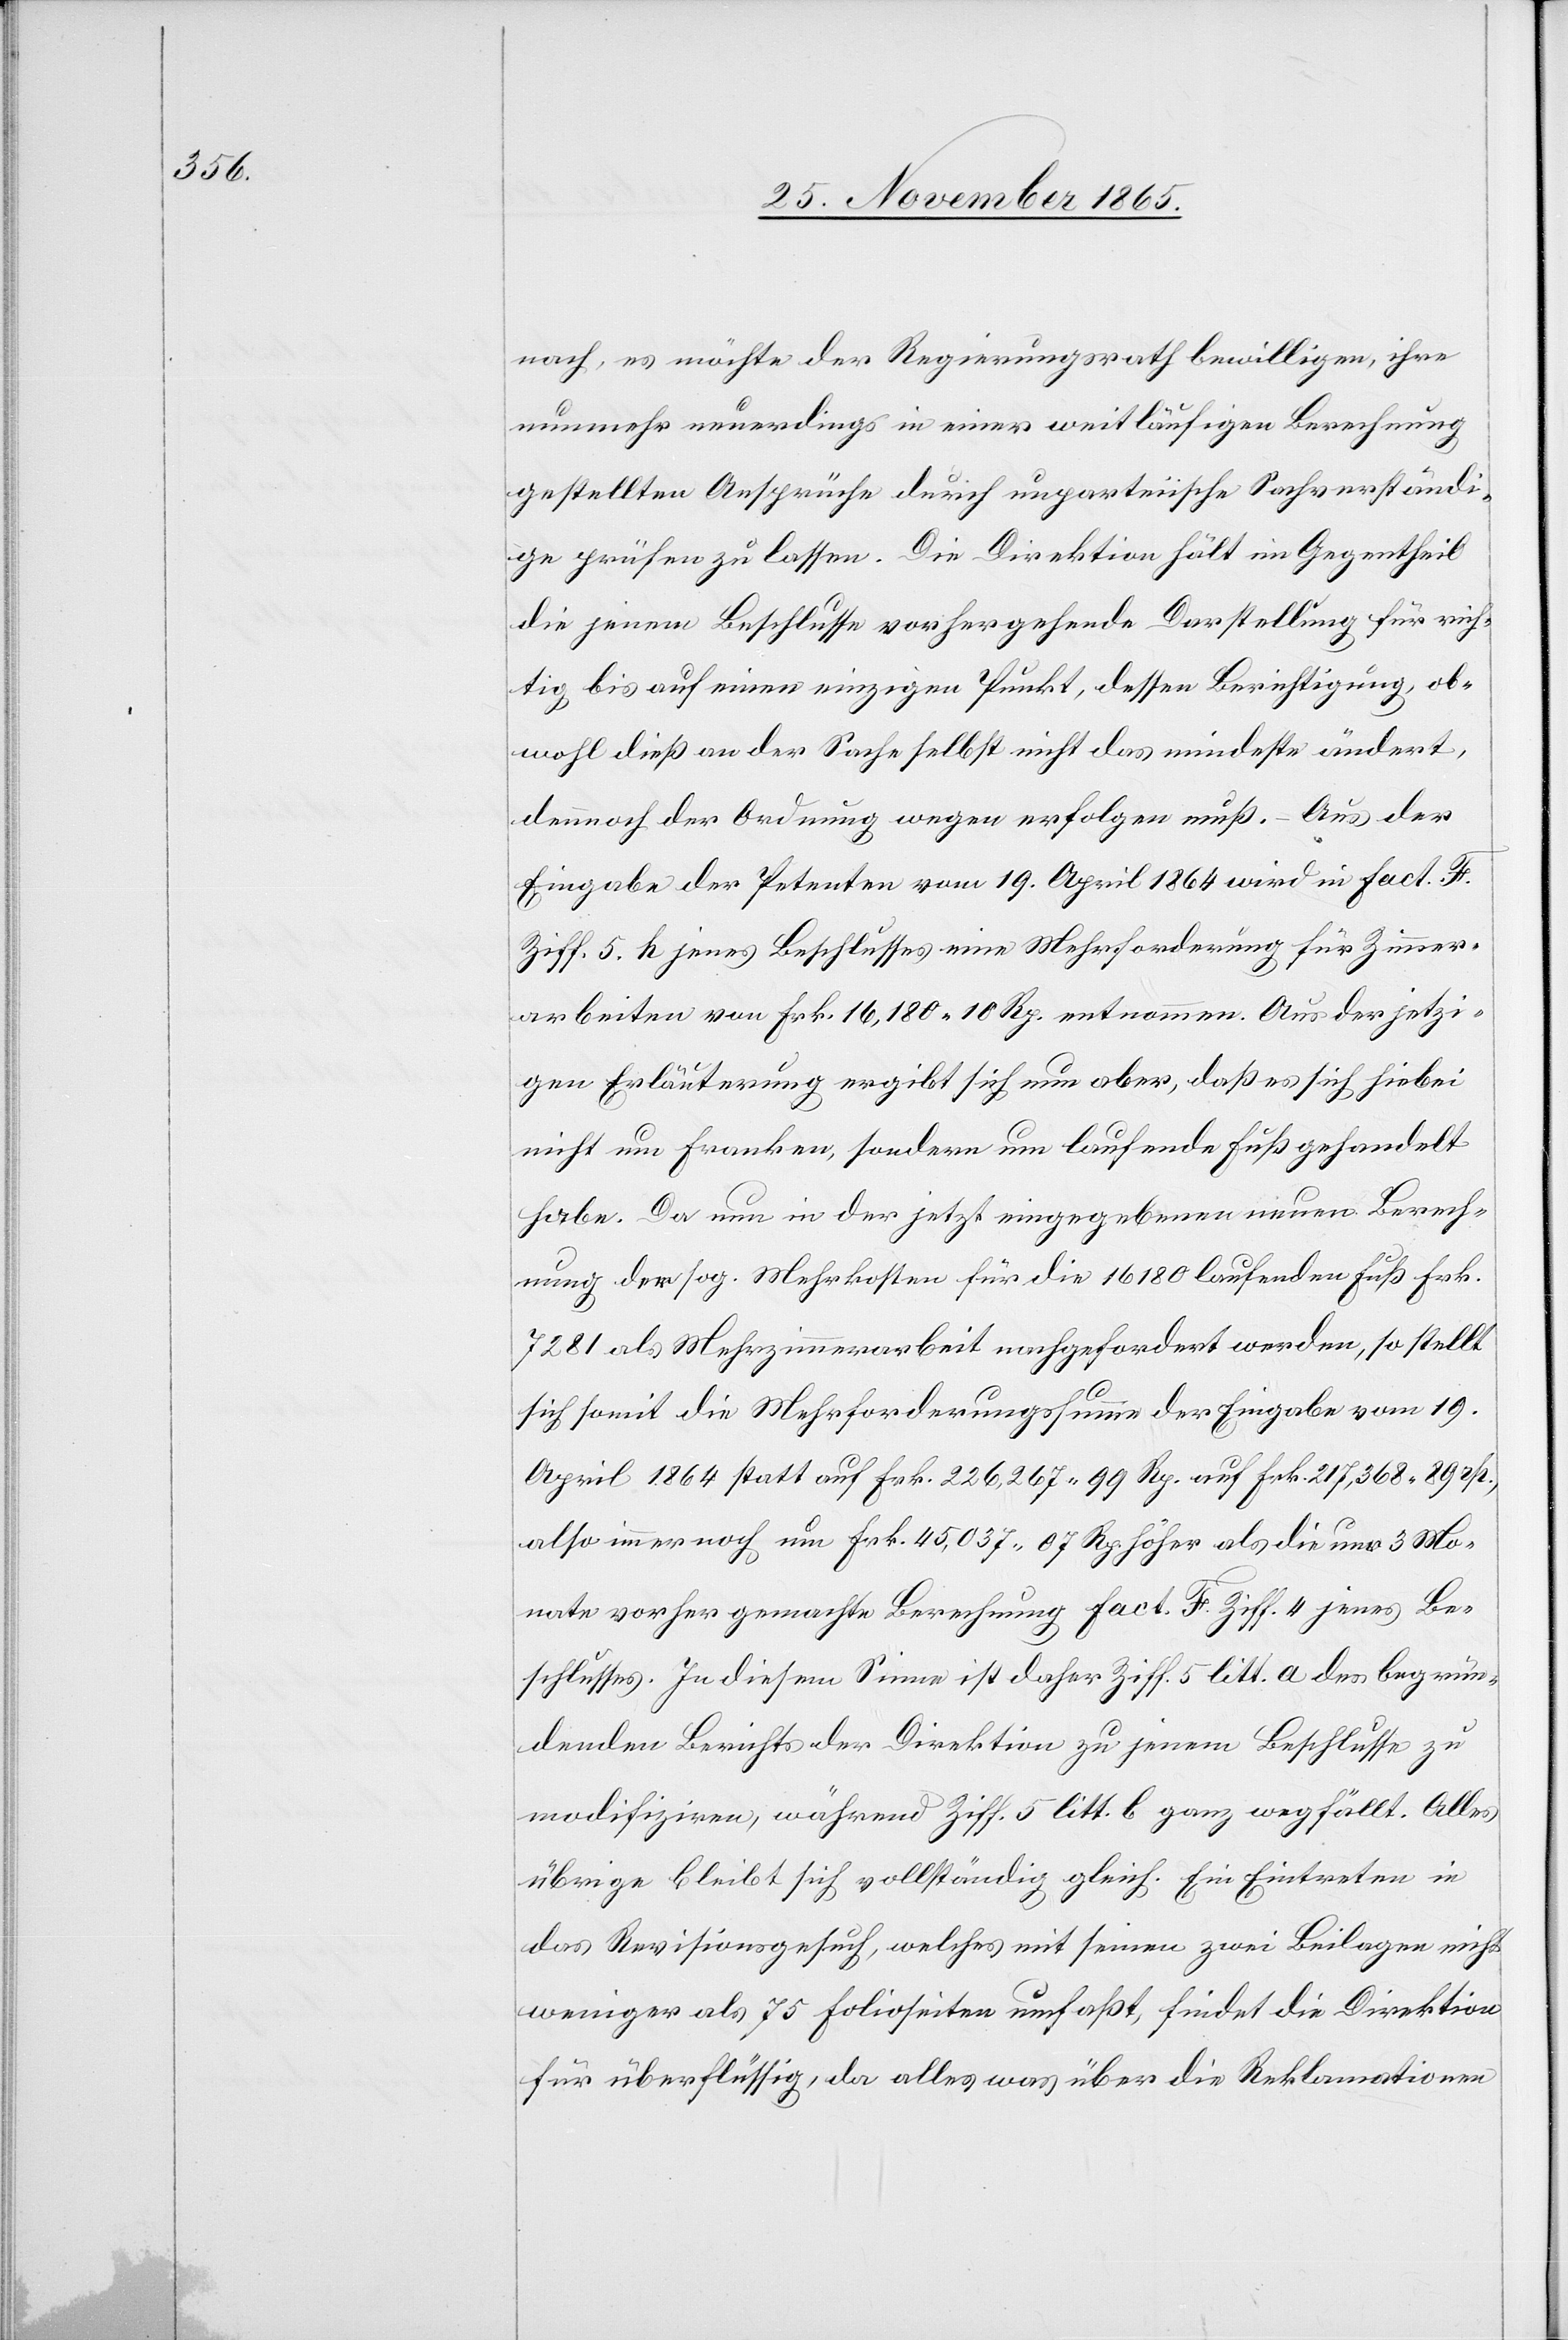
nach, es möchte der Regierungsrath bewilligen, ihre
nunmehr neuerdings in einer weitläufigen Berechnung
gestellten Ansprüche durch unparteiische Sachverständi¬
ge prüfen zu lassen. Die Direktion hält im Gegentheil
die jenem Beschlusse vorhergehende Darstellung für rich¬
tig, bis auf einen einzigen Punkt, dessen Berichtigung, ob¬
wohl dieß an der Sache selbst nicht das mindeste ändert,
dennoch der Ordnung wegen erfolgen muß. – Aus der
Eingabe der Petenten vom 19. April 1864 wird in Fact. F.
Ziff. 5 h jenes Beschlusses eine Mehrforderung für Zimmer¬
arbeiten von Frk. 16,180 10 Rp. entnommen. Aus der jetzi¬
gen Erläuterung ergibt sich nun aber, daß es sich hiebei
nicht um Franken, sondern um laufende Fuß gehandelt
habe. Da nun in der jetzt eingegebenen neuen Berech¬
nung der sog. Mehrkosten für die 16 180 laufenden Fuß Frk.
7281 als Mehrzimmerarbeit nachgefordert werden, so stellt
sich somit die Mehrforderungssumme der Eingabe vom 19.
April 1864 statt auf Frk. 226,267 99 Rp. auf Frk. 217,368 89 Rp.,
also immer noch um Frk. 45,037 07 Rp. höher als die nur 3 Mo¬
nate vorher gemachte Berechnung Fact. F Ziff. 4 jenes Be¬
schlusses. In diesem Sinne ist daher Ziff. 5 litt. a des begrün¬
denden Berichtes der Direktion zu jenem Beschlusse zu
modifiziren, während Ziff. 5 litt. b ganz wegfällt. Alles
übrige bleibt sich vollständig gleich. Ein Eintreten in
das Revisionsgesuch, welches mit seinen zwei Beilagen nicht
weniger als 75 Folioseiten umfaßt, findet die Direktion
für überflüssig, da alles was über die Reklamation